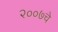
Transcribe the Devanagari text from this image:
२००७चे